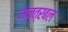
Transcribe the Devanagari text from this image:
मन्त्रबल